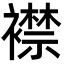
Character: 襟